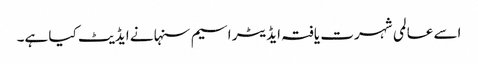
اسے عالمی شہرت یافتہ ایڈیٹر اسیم سنہا نے ایڈیٹ کیا ہے۔